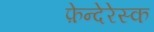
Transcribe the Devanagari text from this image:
फ़ेन्देरेस्क